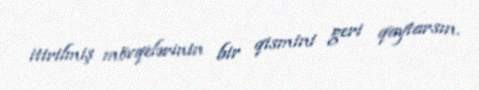
itirilmiş mövqelərinin bir qismini geri qaytarsın.